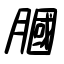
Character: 膕